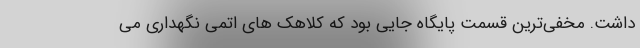
داشت. مخفی‌ترین قسمت پایگاه جایی بود که کلاهک های اتمی نگهداری می